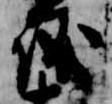
儀